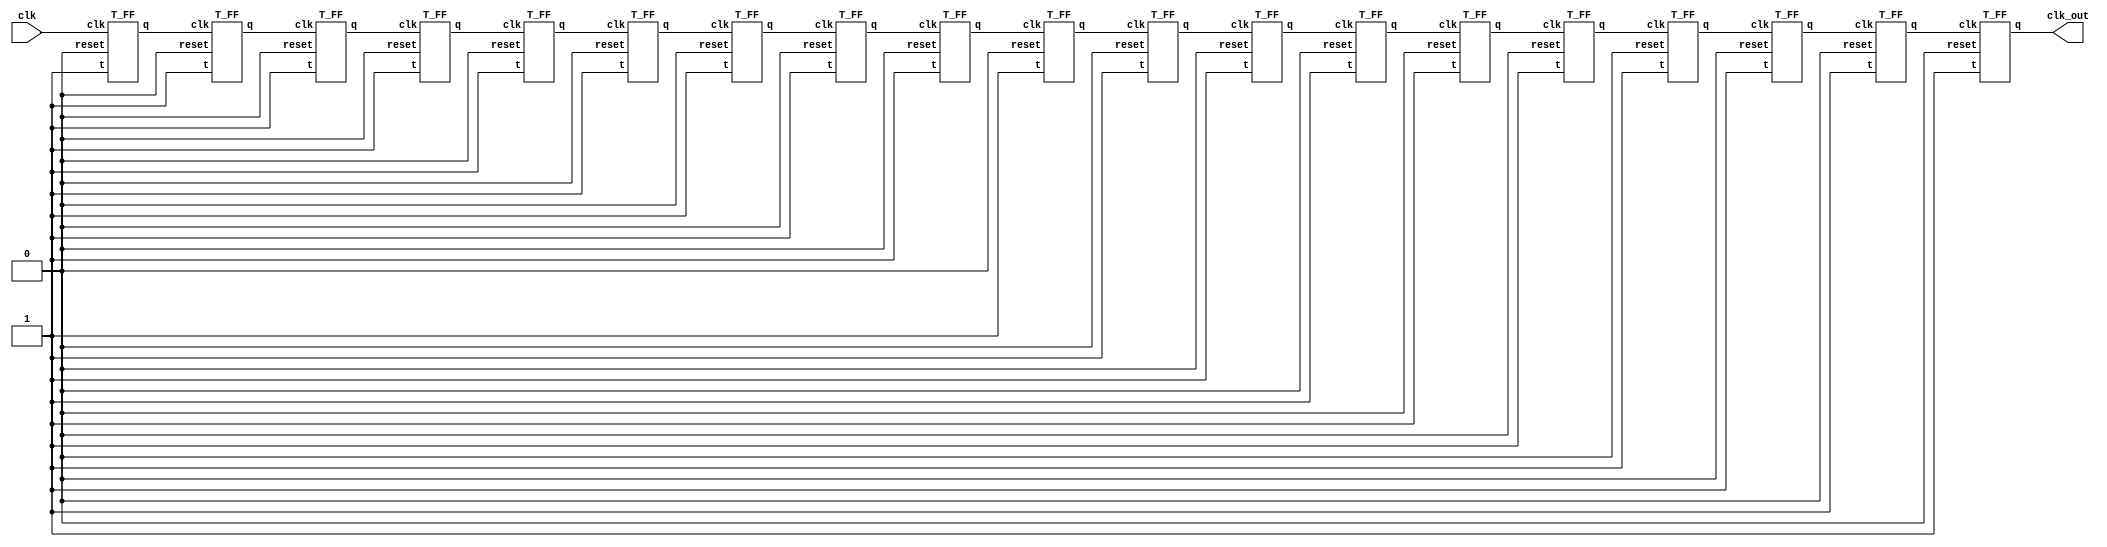
module freq_div(clk_out, clk);
    output clk_out;
    input clk;
    wire [32:0] c;
        T_FF tff01(c[0], 1'b1, clk, 1'b0);
        T_FF tff02(c[1], 1'b1, c[0], 1'b0);
        T_FF tff03(c[2], 1'b1, c[1], 1'b0);
        T_FF tff04(c[3], 1'b1, c[2], 1'b0);
        T_FF tff05(c[4], 1'b1, c[3], 1'b0);
        T_FF tff06(c[5], 1'b1, c[4], 1'b0);
        T_FF tff07(c[6], 1'b1, c[5], 1'b0);
        T_FF tff08(c[7], 1'b1, c[6], 1'b0);
        T_FF tff09(c[8], 1'b1, c[7], 1'b0);
        T_FF tff10(c[9], 1'b1, c[8], 1'b0);
        T_FF tff11(c[10], 1'b1, c[9], 1'b0);
        T_FF tff12(c[11], 1'b1, c[10], 1'b0);
        T_FF tff13(c[12], 1'b1, c[11], 1'b0);
        T_FF tff14(c[13], 1'b1, c[12], 1'b0);
        T_FF tff15(c[14], 1'b1, c[13], 1'b0);
		T_FF tff16(c[15], 1'b1, c[14], 1'b0);
		T_FF tff17(c[16], 1'b1, c[15], 1'b0);
		T_FF tff18(c[17], 1'b1, c[16], 1'b0);
        T_FF tff19(clk_out, 1'b1, c[17], 1'b0);
endmodule

module D_FF(q,d,clk,reset);
    output q;
    input d, clk, reset;
    reg q;
    always @ (posedge reset or negedge clk)
    if(reset)
        q <= 1'b0;
    else 
        q <= d;
endmodule

module T_FF(q, t, clk, reset);
    output q;
    input t, clk, reset;
    wire d;
    xor x1(d,q,t);
    D_FF d1(q, d, clk, reset);
endmodule

module counter(q, clk, reset);
    input clk, reset;
    output [1:0] q;
    wire q0;
    
    reg [1:0] q;
    
    freq_div fd(q0, clk);
    
    always @ (negedge q0 or posedge reset)
    begin
    if(reset) begin
        q <= 2'b00;
    end
    else begin
		if(q[0] == 1)
            q[1] = ~q[1];
    	q[0] = ~q[0];
        end
    end
        
endmodule